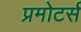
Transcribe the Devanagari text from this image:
प्रमोटर्स